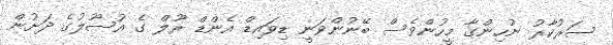
ސަރުކާރު ނުހިންގާ މީހުންވެސް ބޭނުންވަނީ ޑިވައިޑް އެންޑް ރޫލް ގެ އުސޫލުގެ ދަށުން